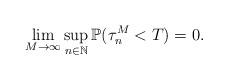
LaTeX: \begin{align*}\lim_{M\rightarrow\infty}\sup_{n\in \mathbb{N}} \mathbb{P}(\tau_{n}^M <T) =0.\end{align*}